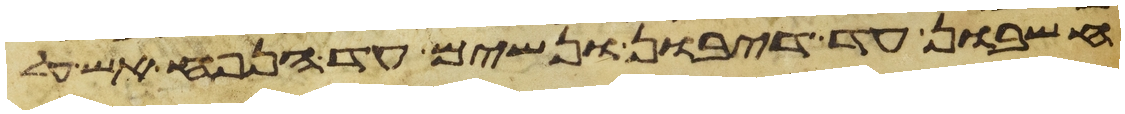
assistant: חשבון עד דיבון ונשים עד הנפח אש על